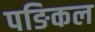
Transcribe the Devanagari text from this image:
पङिकल